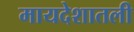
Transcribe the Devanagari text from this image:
मायदेशातली